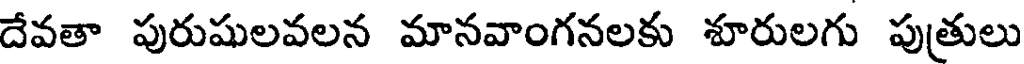
దేవతా పురుషులవలన మానవాంగనలకు శూరులగు పుత్రులు